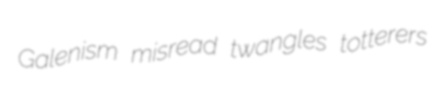
Galenism misread twangles totterers